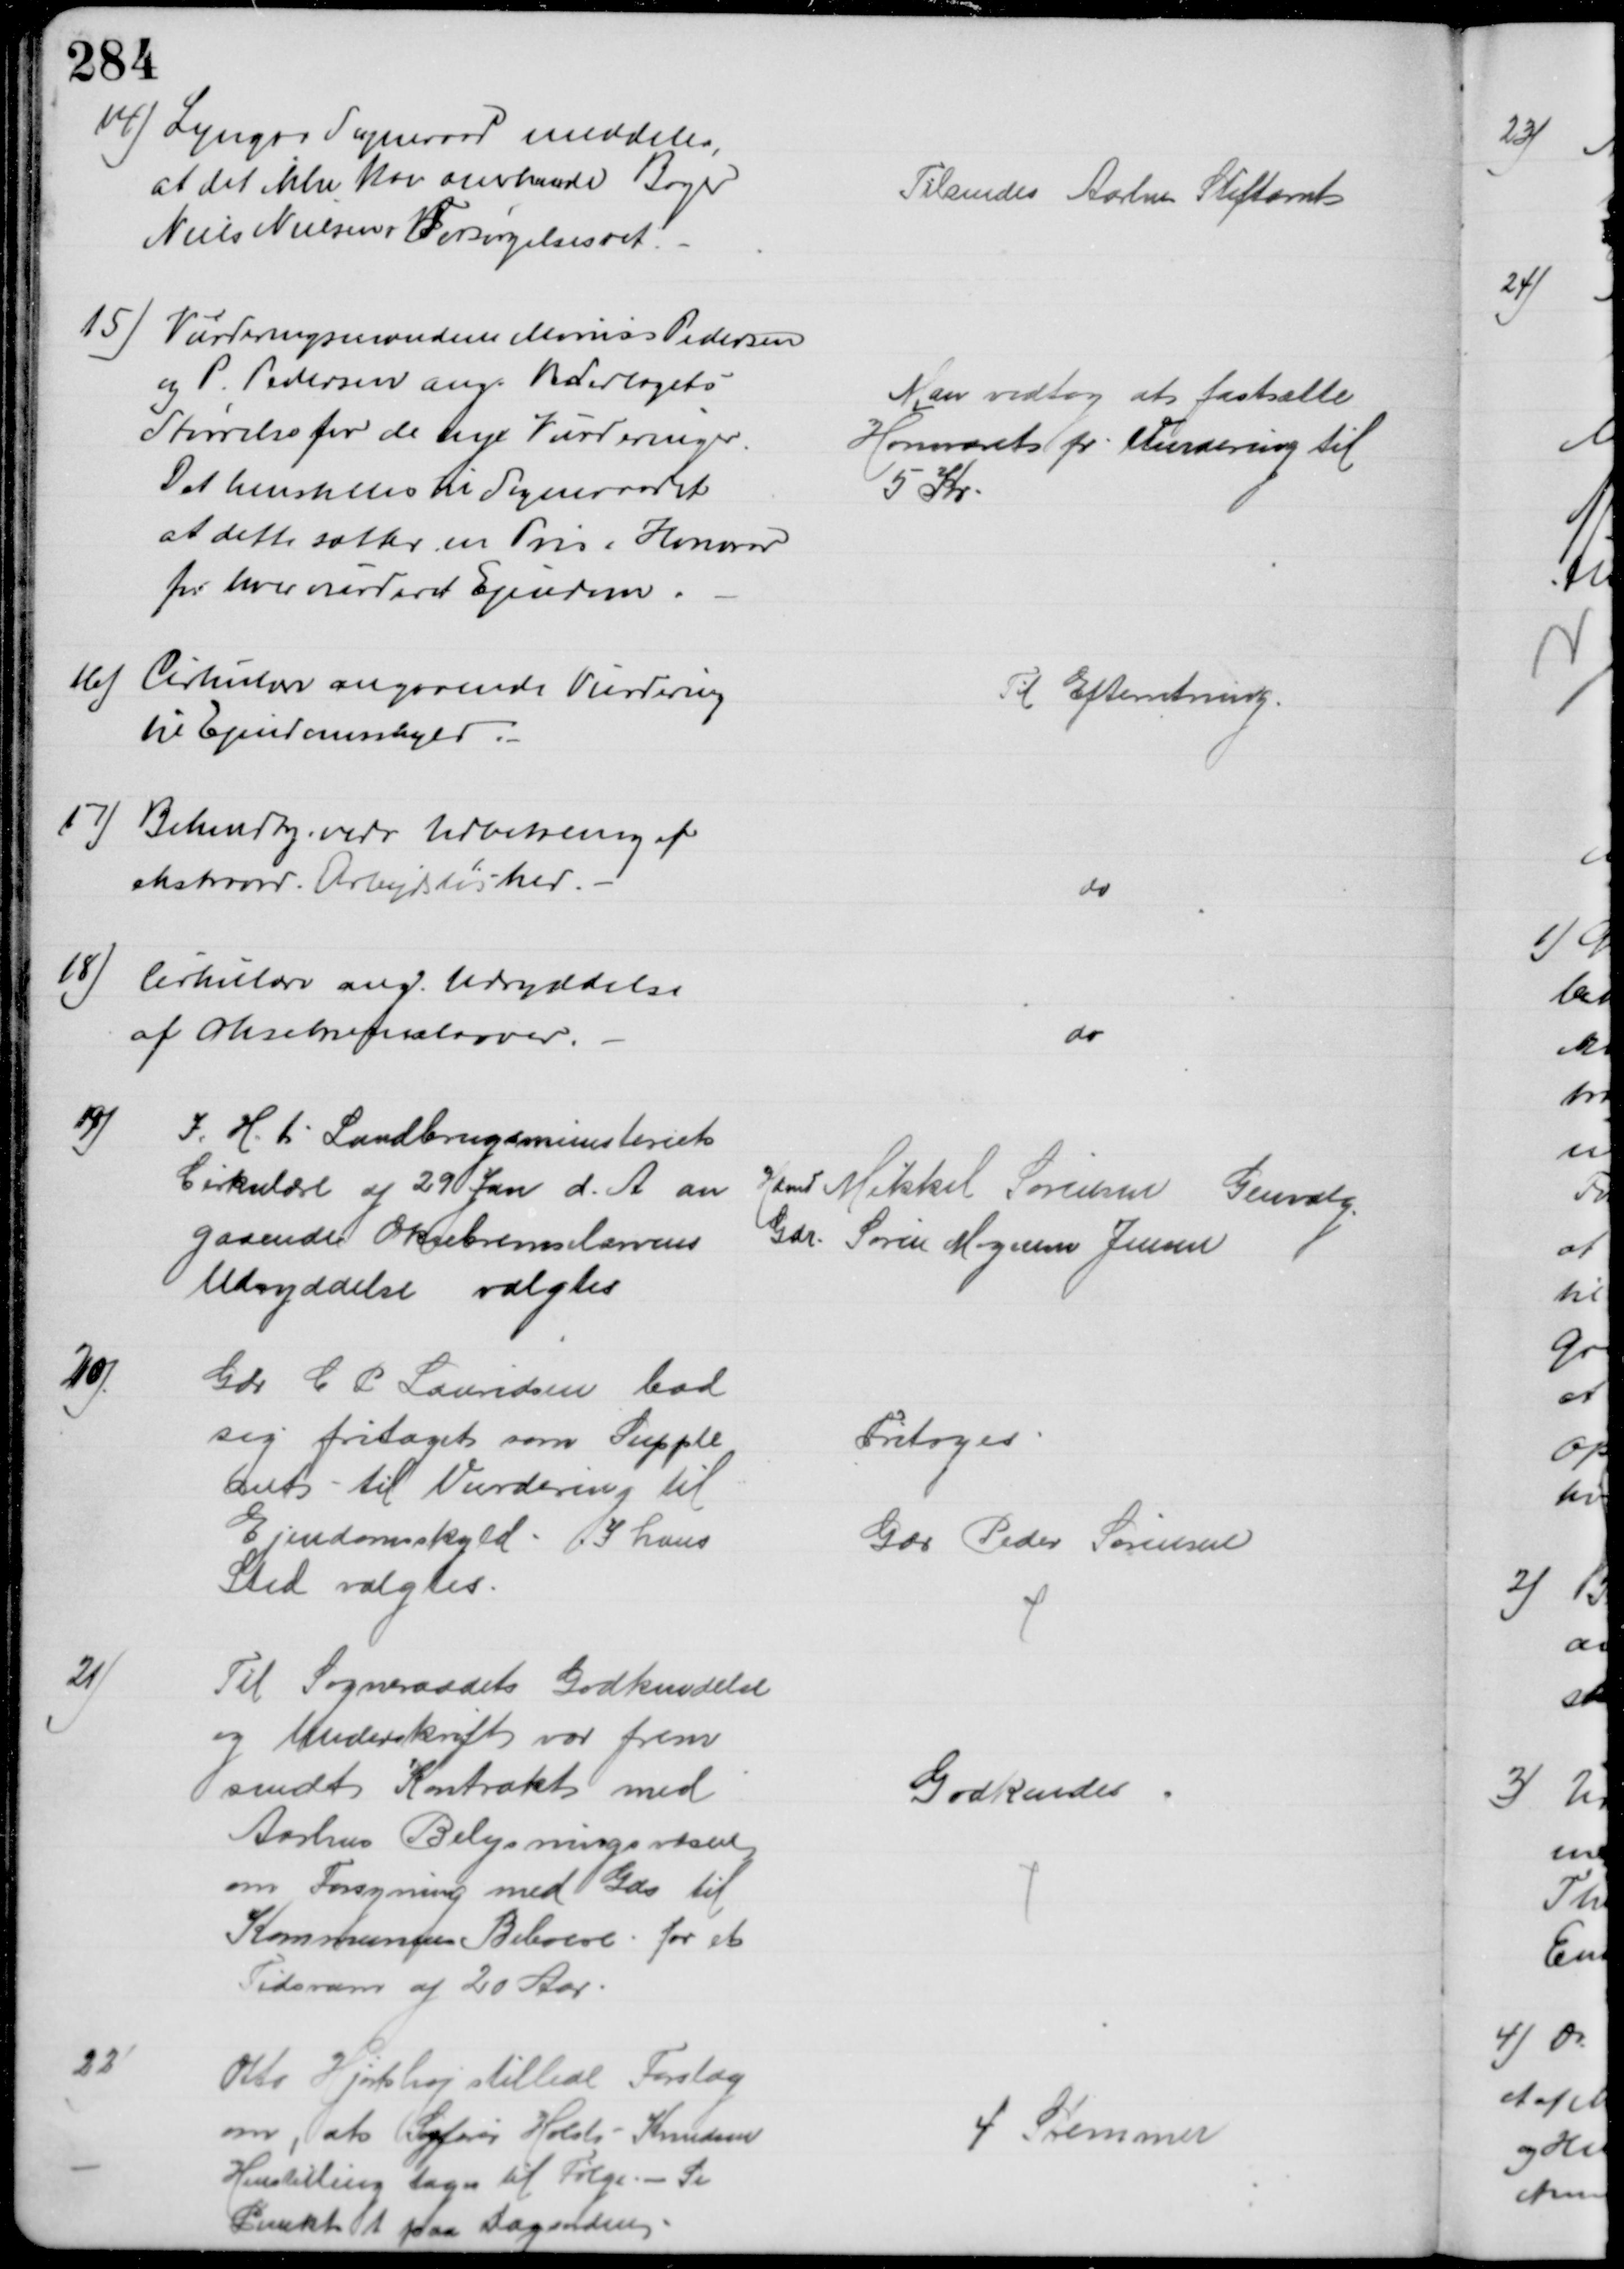
Transskription:
14) Lyngaa Sogneraad meddeler,
at det ikke kan anerkende Bager
Niels Nielsens Forsørgelsesret.
Tilsendes Aarhus Stiftamt
15) Vurderingsmændene Marius Pedersen
og P. Pedersen ang. Vederlagets
Størrelse for de nye Vurderinger.
Det henstilles til Sogneraadet
at dette sætter en Pris i Honorar
for hver vurderet Ejendom
Man vedtog at fastsætte
Honoraret pr. Vurdering til
5 Kr.
16)
Cirkulære angaaende Vurdering
til Ejendomsskyld
Til Efterretning.
17) Bekendtg. vedr Udbetaling af
ekstraord. Arbejdsløshed.
do
18)
Cirkulære ang. Udryddelse
af Oksebremselarver.
do
19)
I. H. t. Landbrugsministeriets
Cirkulære af 29 Jan d. A. an 
gaaende Oksebremselarvens
Udryddelse valgtes
Hdmd Mikkel Sørensen Genvalg
Gdr. Søren Mogensen Jensen
20)
Gdr C P Lauridsen bad
sig fritaget som Supple
ant - til Vurdering til
Ejendomsskyld. I hans
Sted valgtes.
Fritoges
Gdr Peder Sørensen
21)
Til Sogneraadets Godkendelse
og Underskrift var frem
sendt Kontrakt med
Aarhus Belysningsvæsen
om Forsyning med Gas til
Kommunens Beboere for et
Tidsrum af 20 Aar.
Godkendes
22)
Otto Hjortshøj stillede Forslag
om, at Sagfører Holst-Knudsen
Henstilling tages til Følge. - Se
Punkt 1 paa Dagsordenen
4 Stemmer